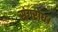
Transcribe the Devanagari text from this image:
संगरोध।